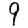
Digit: 9